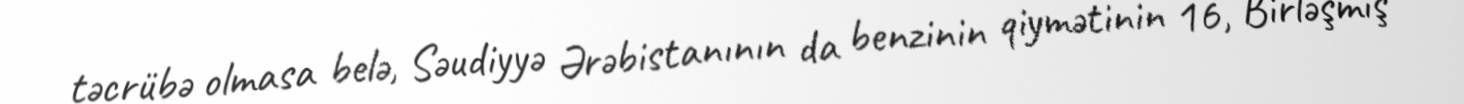
təcrübə olmasa belə, Səudiyyə Ərəbistanının da benzinin qiymətinin 16, Birləşmiş